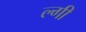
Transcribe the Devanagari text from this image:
ल्गी